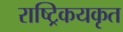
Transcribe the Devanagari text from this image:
राष्ट्रिकयकृत